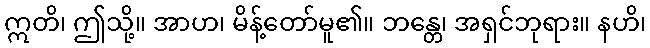
ဣတိ၊ ဤသို့။ အာဟ၊ မိန့်တော်မူ၏။ ဘန္တေ၊ အရှင်ဘုရား။ နဟိ၊